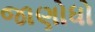
જાણોધો